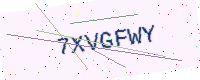
Text: 7XVGFWY